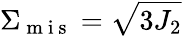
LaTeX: \Sigma_{\mathrm{~m~i~s~}}=\sqrt{3J_{2}}